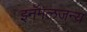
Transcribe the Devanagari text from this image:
इनॅमलजन्य